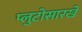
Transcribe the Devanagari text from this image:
प्लुटोसारखे